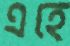
এহে